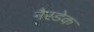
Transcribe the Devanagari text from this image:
नैस्डेक